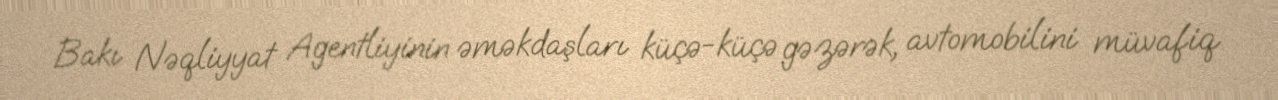
Bakı Nəqliyyat Agentliyinin əməkdaşları küçə-küçə gəzərək, avtomobilini müvafiq